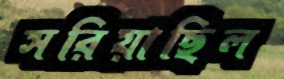
সরিয়াছিল